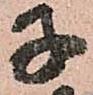
子